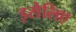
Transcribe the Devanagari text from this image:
इसेलिए